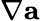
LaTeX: \nabla{\mathbf a}